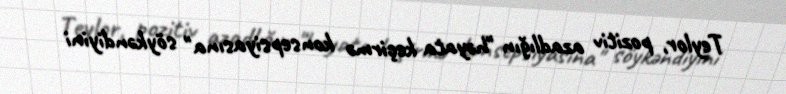
Teylor, pozitiv azadlığın "həyata keçirmə konsepsiyasına" söykəndiyini